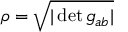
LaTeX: \rho = { \sqrt { | \det g _ { a b } | } }